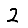
Digit: 2